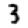
Digit: 3